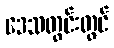
ဒေသတွင်းတွင်